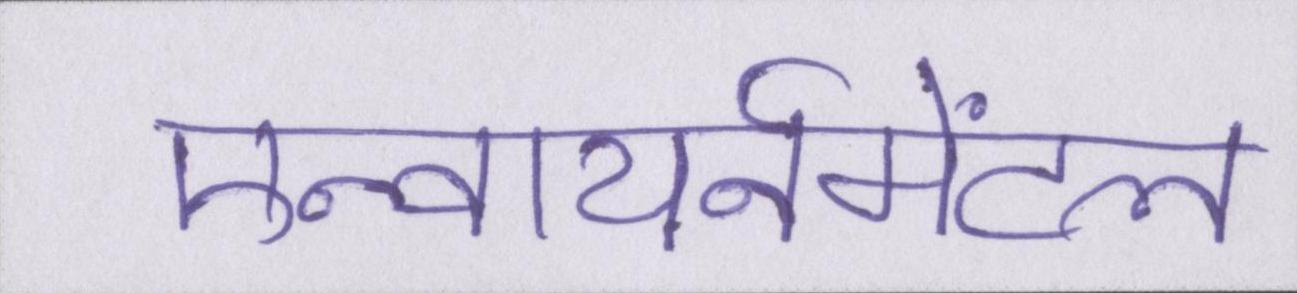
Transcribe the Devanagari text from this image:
एन्वायर्नमेंटल